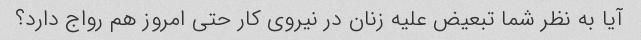
آیا به نظر شما تبعیض علیه زنان در نیروی کار حتی امروز هم رواج دارد؟